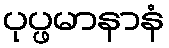
ပုပ္ဖမာနာနံ